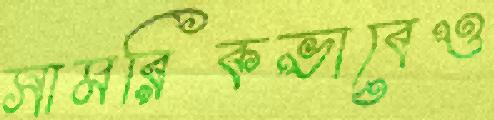
সামরিকভাবেও